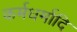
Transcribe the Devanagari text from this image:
कर्मधर्मादि